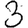
Digit: 3